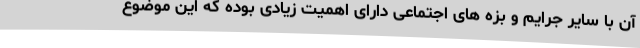
آن با سایر جرایم و بزه های اجتماعی دارای اهمیت زیادی بوده که این موضوع